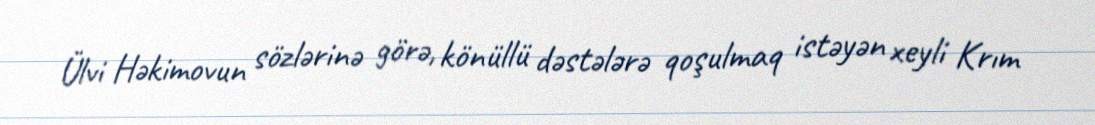
Ülvi Həkimovun sözlərinə görə, könüllü dəstələrə qoşulmaq istəyən xeyli Krım